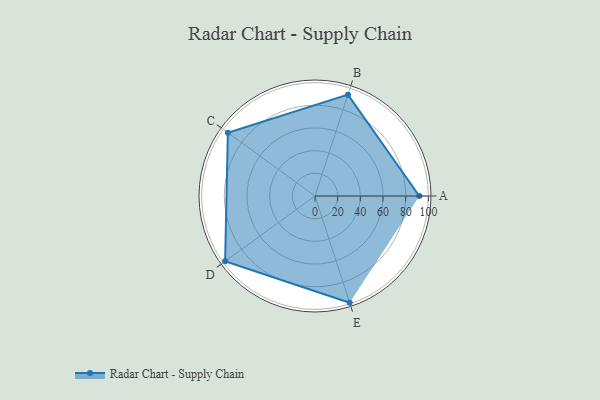
{"axis": {"x": "Skill", "y": "Score"}, "legend": ["Profile"], "data": [{"x": "A", "y": 92.0, "type": "Profile"}, {"x": "B", "y": 94.0, "type": "Profile"}, {"x": "C", "y": 95.0, "type": "Profile"}, {"x": "D", "y": 98.0, "type": "Profile"}, {"x": "E", "y": 99, "type": "Profile"}]}